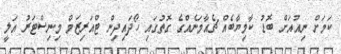
ކަމަށް ނިއުއަށް ބޮޑު ކާމިޔާބެއް ޗެއާމަނެއްގެ ގޮތުގައި ހޯދައިދިން ޓްއަރިޒަމް މިނިސްޓަރު އަލީ